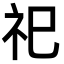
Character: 祀